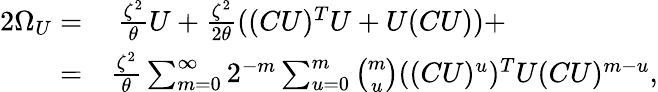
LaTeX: \begin{array}{rl}{2\Omega_{U}=}&{{}\ \frac{\zeta^{2}}{\theta}U+\frac{\zeta^{2}}{2\theta}((CU)^{T}U+U(CU))+}\\ {=}&{{}\frac{\zeta^{2}}{\theta}\sum_{m=0}^{\infty}{2^{-m}\sum_{u=0}^{m}{\binom{m}{u}((CU)^{u})^{T}U(CU)^{m-u}}},}\end{array}